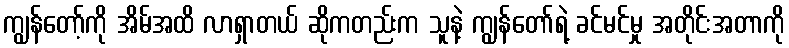
ကျွန်တော့်ကို အိမ်အထိ လာရှာတယ် ဆိုကတည်းက သူနဲ့ ကျွန်တော်ရဲ့ ခင်မင်မှု အတိုင်းအတာကို